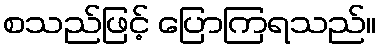
စသည်ဖြင့် ပြောကြရသည်။